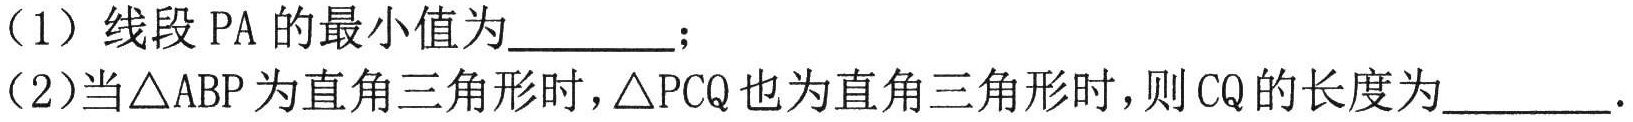
（1）线段 PA 的最小值为_________；
（2）当\(\triangle ABP\)为直角三角形时，\(\triangle PCQ\)也为直角三角形时，则 CQ 的长度为_________.